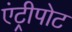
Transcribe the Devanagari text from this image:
एंट्रीपोट